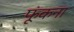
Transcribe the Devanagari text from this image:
फूंकना